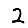
Digit: 2